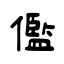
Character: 儖